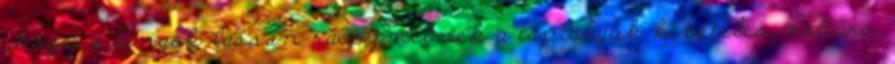
ahogy a lángok lassan ráeszmélnek a táptalajuk kivételes voltára,